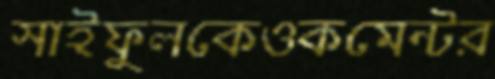
সাইফুলকেওকমেন্টর